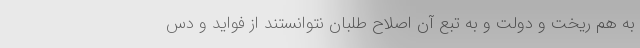
به هم ریخت و دولت و به تبع آن اصلاح طلبان نتوانستند از فواید و دس